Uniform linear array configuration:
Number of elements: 4
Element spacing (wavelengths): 0.75
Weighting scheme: blackman
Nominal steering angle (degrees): -60
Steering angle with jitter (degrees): -59.405
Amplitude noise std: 0.05
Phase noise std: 0.05

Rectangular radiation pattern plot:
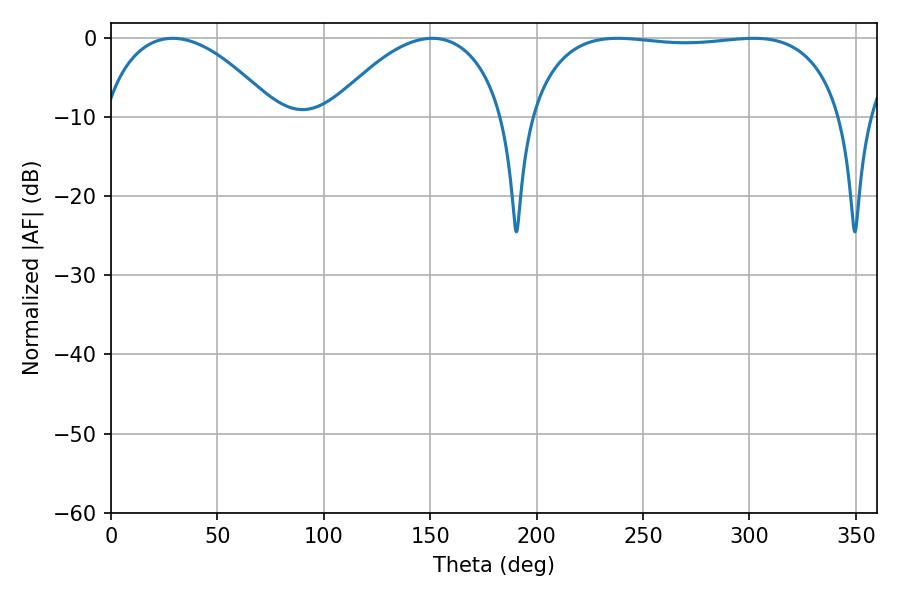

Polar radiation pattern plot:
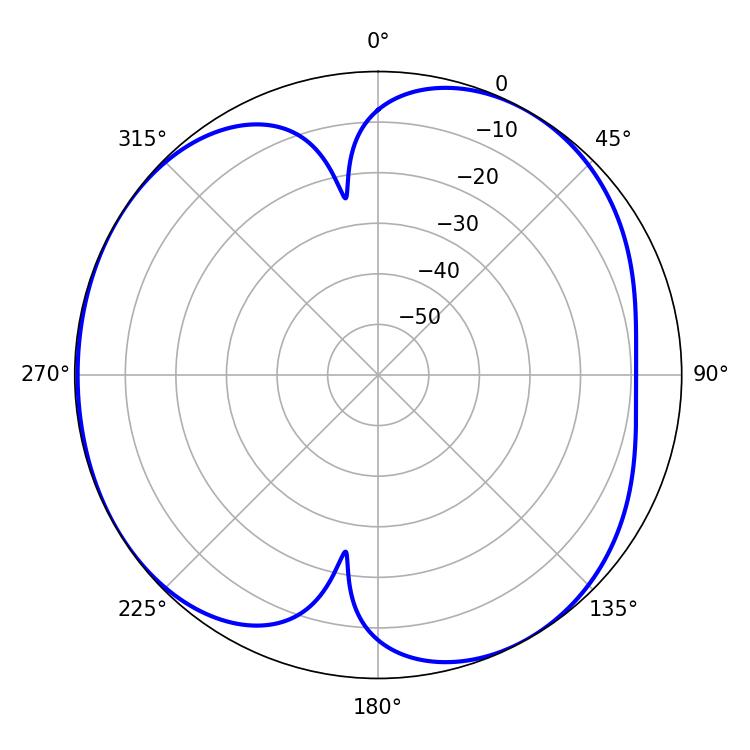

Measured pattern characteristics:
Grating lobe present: TRUE
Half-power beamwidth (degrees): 46.08
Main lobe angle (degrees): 28.98